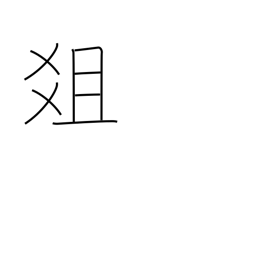
Meaning: altar of sacrifice